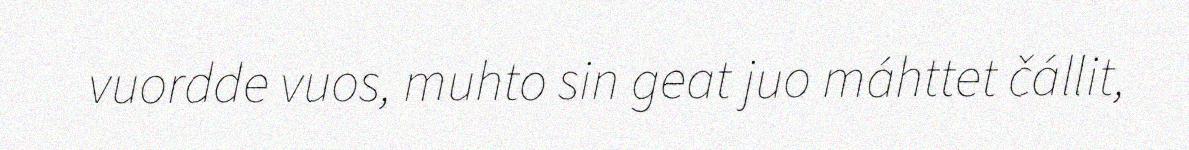
vuordde vuos, muhto sin geat juo máhttet čállit,